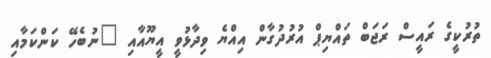
ތުރުކީގެ ރައީސް ރަޖަބް ތައްޔިޕް އުރުދުގާން އިއްޔެ ވިދާޅުވީ އީޔޫއާއި "ނުބެހޭ ކަންކަމާއި